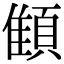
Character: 顀